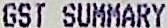
GST SUMMARY